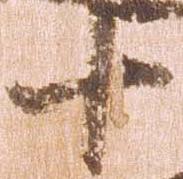
十